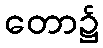
တော၌